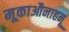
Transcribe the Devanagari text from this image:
मूकाऔनाहमू